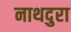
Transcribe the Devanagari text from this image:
नाथदुरा